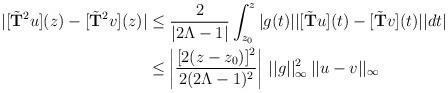
LaTeX: \begin{align*}\vert[\tilde{\bf T}^2u](z)-[\tilde{\bf T}^2v](z)\vert&\le {2\over \vert 2\Lambda-1\vert}\int_{z_0}^z\vert g(t)\vert\vert [\tilde{\bf T}u](t)-[\tilde{\bf T}v](t)\vert\vert dt\vert \\&\le \left\vert{[2(z-z_0)]^2\over 2(2\Lambda-1)^2}\right\vert\,\vert\vert g\vert\vert_\infty^2\,\vert\vert u-v\vert\vert_\infty\end{align*}